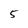
Character: 5